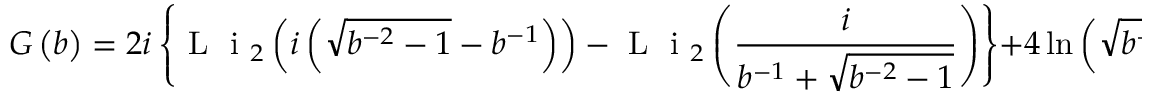
G \left( b \right) = 2 i \left\{ \mathrm { ~ L ~ } { { \mathrm { ~ i ~ } } _ { 2 } } \left( i \left( \sqrt { { { b } ^ { - 2 } } - 1 } - { { b } ^ { - 1 } } \right) \right) - \mathrm { ~ L ~ } { { \mathrm { ~ i ~ } } _ { 2 } } \left( \frac { i } { { { b } ^ { - 1 } } + \sqrt { { { b } ^ { - 2 } } - 1 } } \right) \right\} + 4 \ln \left( \sqrt { { { b } ^ { - 2 } } - 1 } + { { b } ^ { - 1 } } \right) \mathrm { a r c c o t } \left( \sqrt { { { b } ^ { - 2 } } - 1 } + { { b } ^ { - 1 } } \right) .